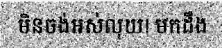
មិនចង់អស់លុយ! មកដឹង